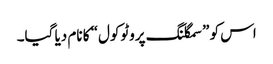
اس کو ”سمگلنگ پروٹوکول“ کا نام دیا گیا۔